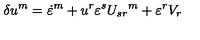
\delta u ^ { m } = \dot { \varepsilon } ^ { m } + u ^ { r } \varepsilon ^ { s } { U _ { s r } } ^ { m } + \varepsilon ^ { r } { V _ { r } }